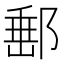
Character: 𨜚